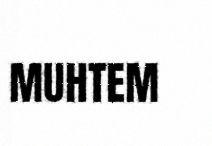
MUHTEM